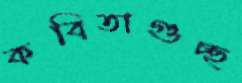
কবিতাগুচ্ছ